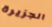
الجزيرة